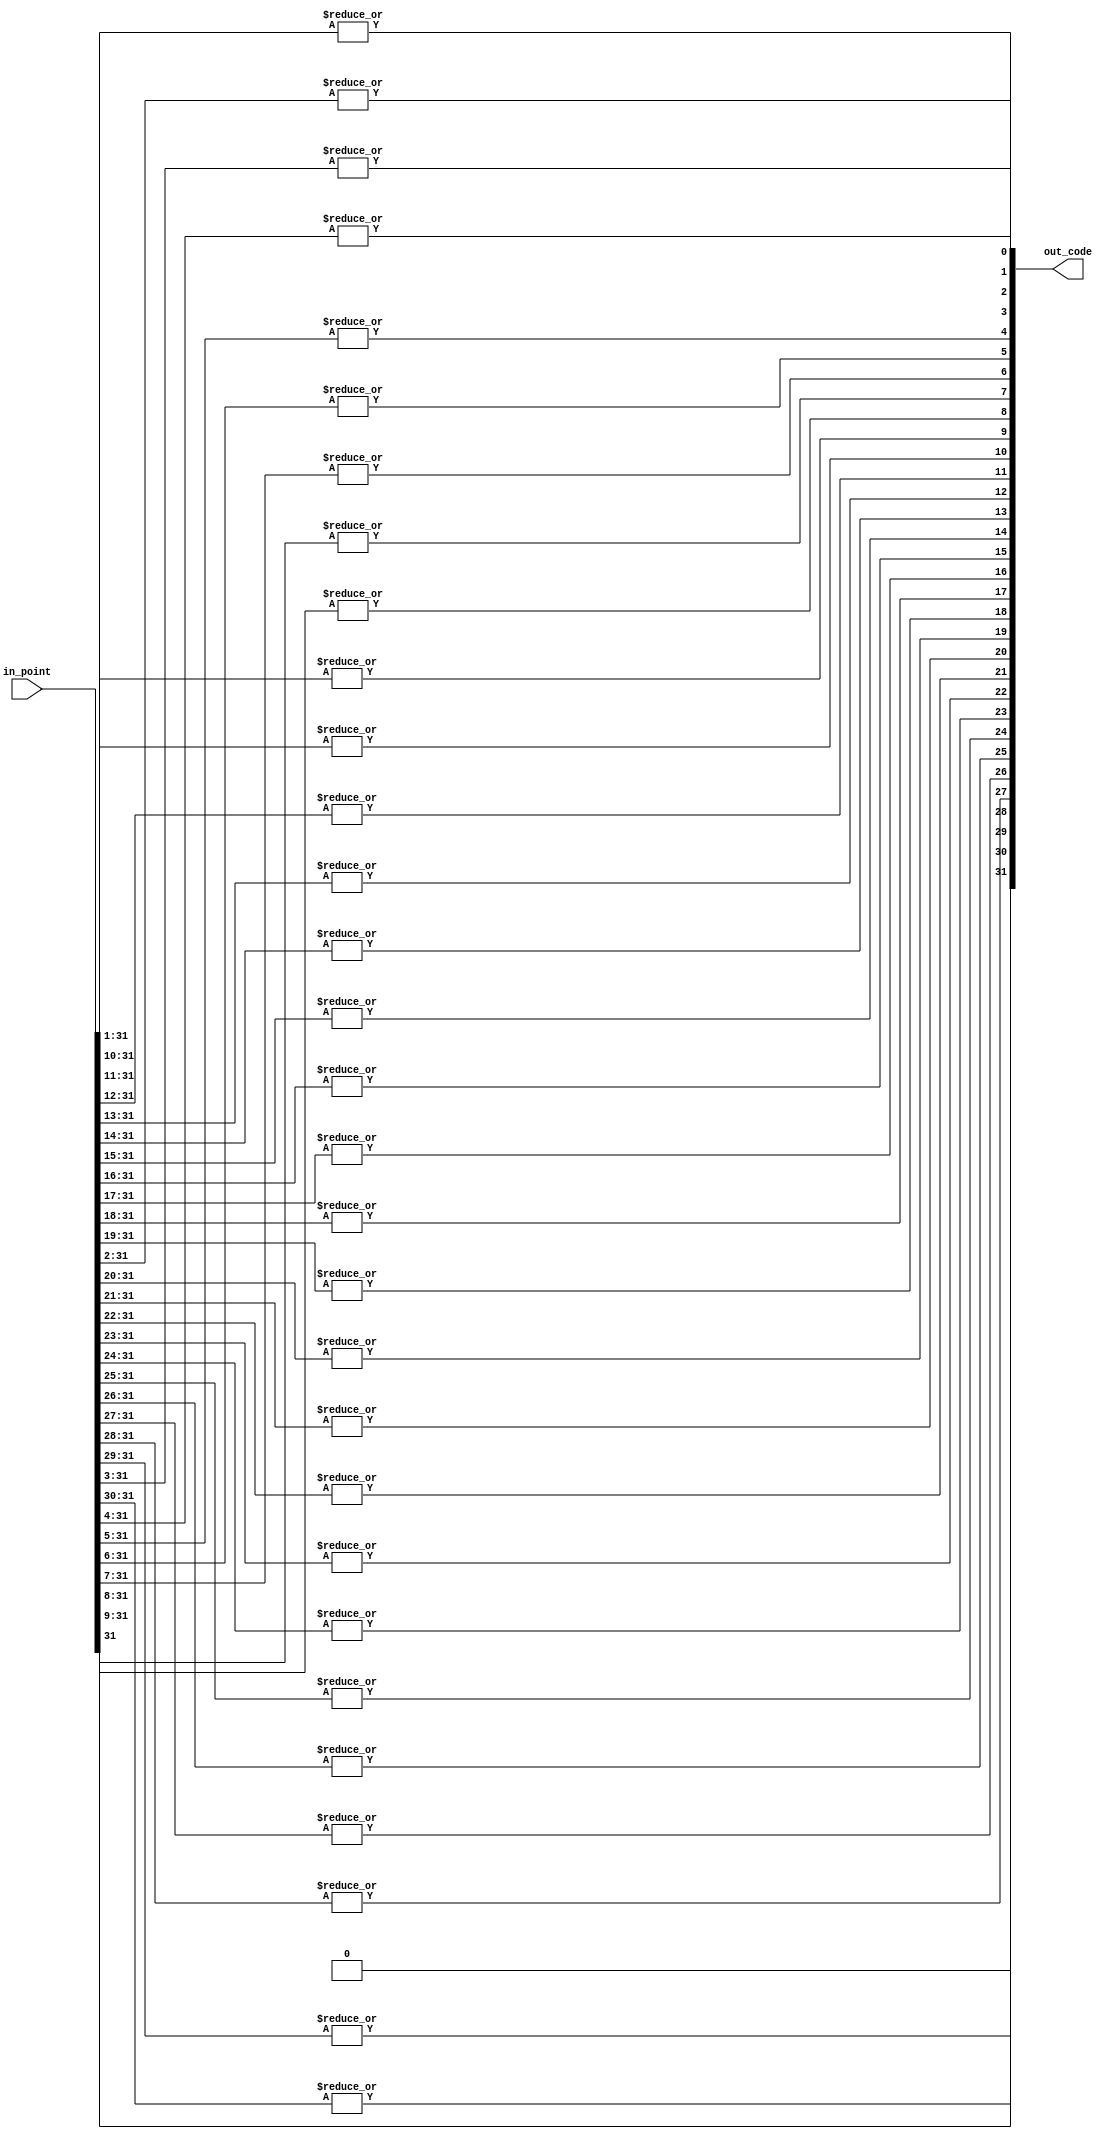
`timescale 1ns / 1ps
//////////////////////////////////////////////////////////////////////////////////
// Company: 
// Engineer: 
// 
// Design Name: 
// Module Name: thermometer_peer
// Project Name: 
// Target Devices: 
// Tool Versions: 
// Description: 
// 
// Dependencies: 
// 
// Revision:
// Revision 0.01 - File Created
// Additional Comments:
// 
//////////////////////////////////////////////////////////////////////////////////


module thermometer_peer#(
parameter N = 32
)(
input  [N - 1 : 0] in_point,
output [N - 1 : 0] out_code
);
assign out_code[N - 1] = 1'b0;
generate
   genvar i;
   for(i = 0; i < N - 1; i = i + 1) begin:spe_mask
      assign out_code[i] = | in_point[N - 1 : i + 1];
   end
endgenerate
endmodule